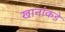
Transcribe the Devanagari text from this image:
खानांकडे